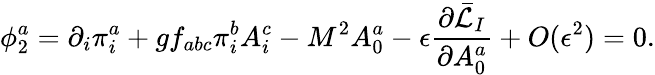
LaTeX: \phi_{2}^{a}=\partial_{i}\pi_{i}^{a}+gf_{abc}\pi_{i}^{b}A_{i}^{c}-M^{2}A_{0}^{a}-\epsilon\frac{\partial\bar{\cal L}_{I}}{\partial A_{0}^{a}}+O(\epsilon^{2})=0.